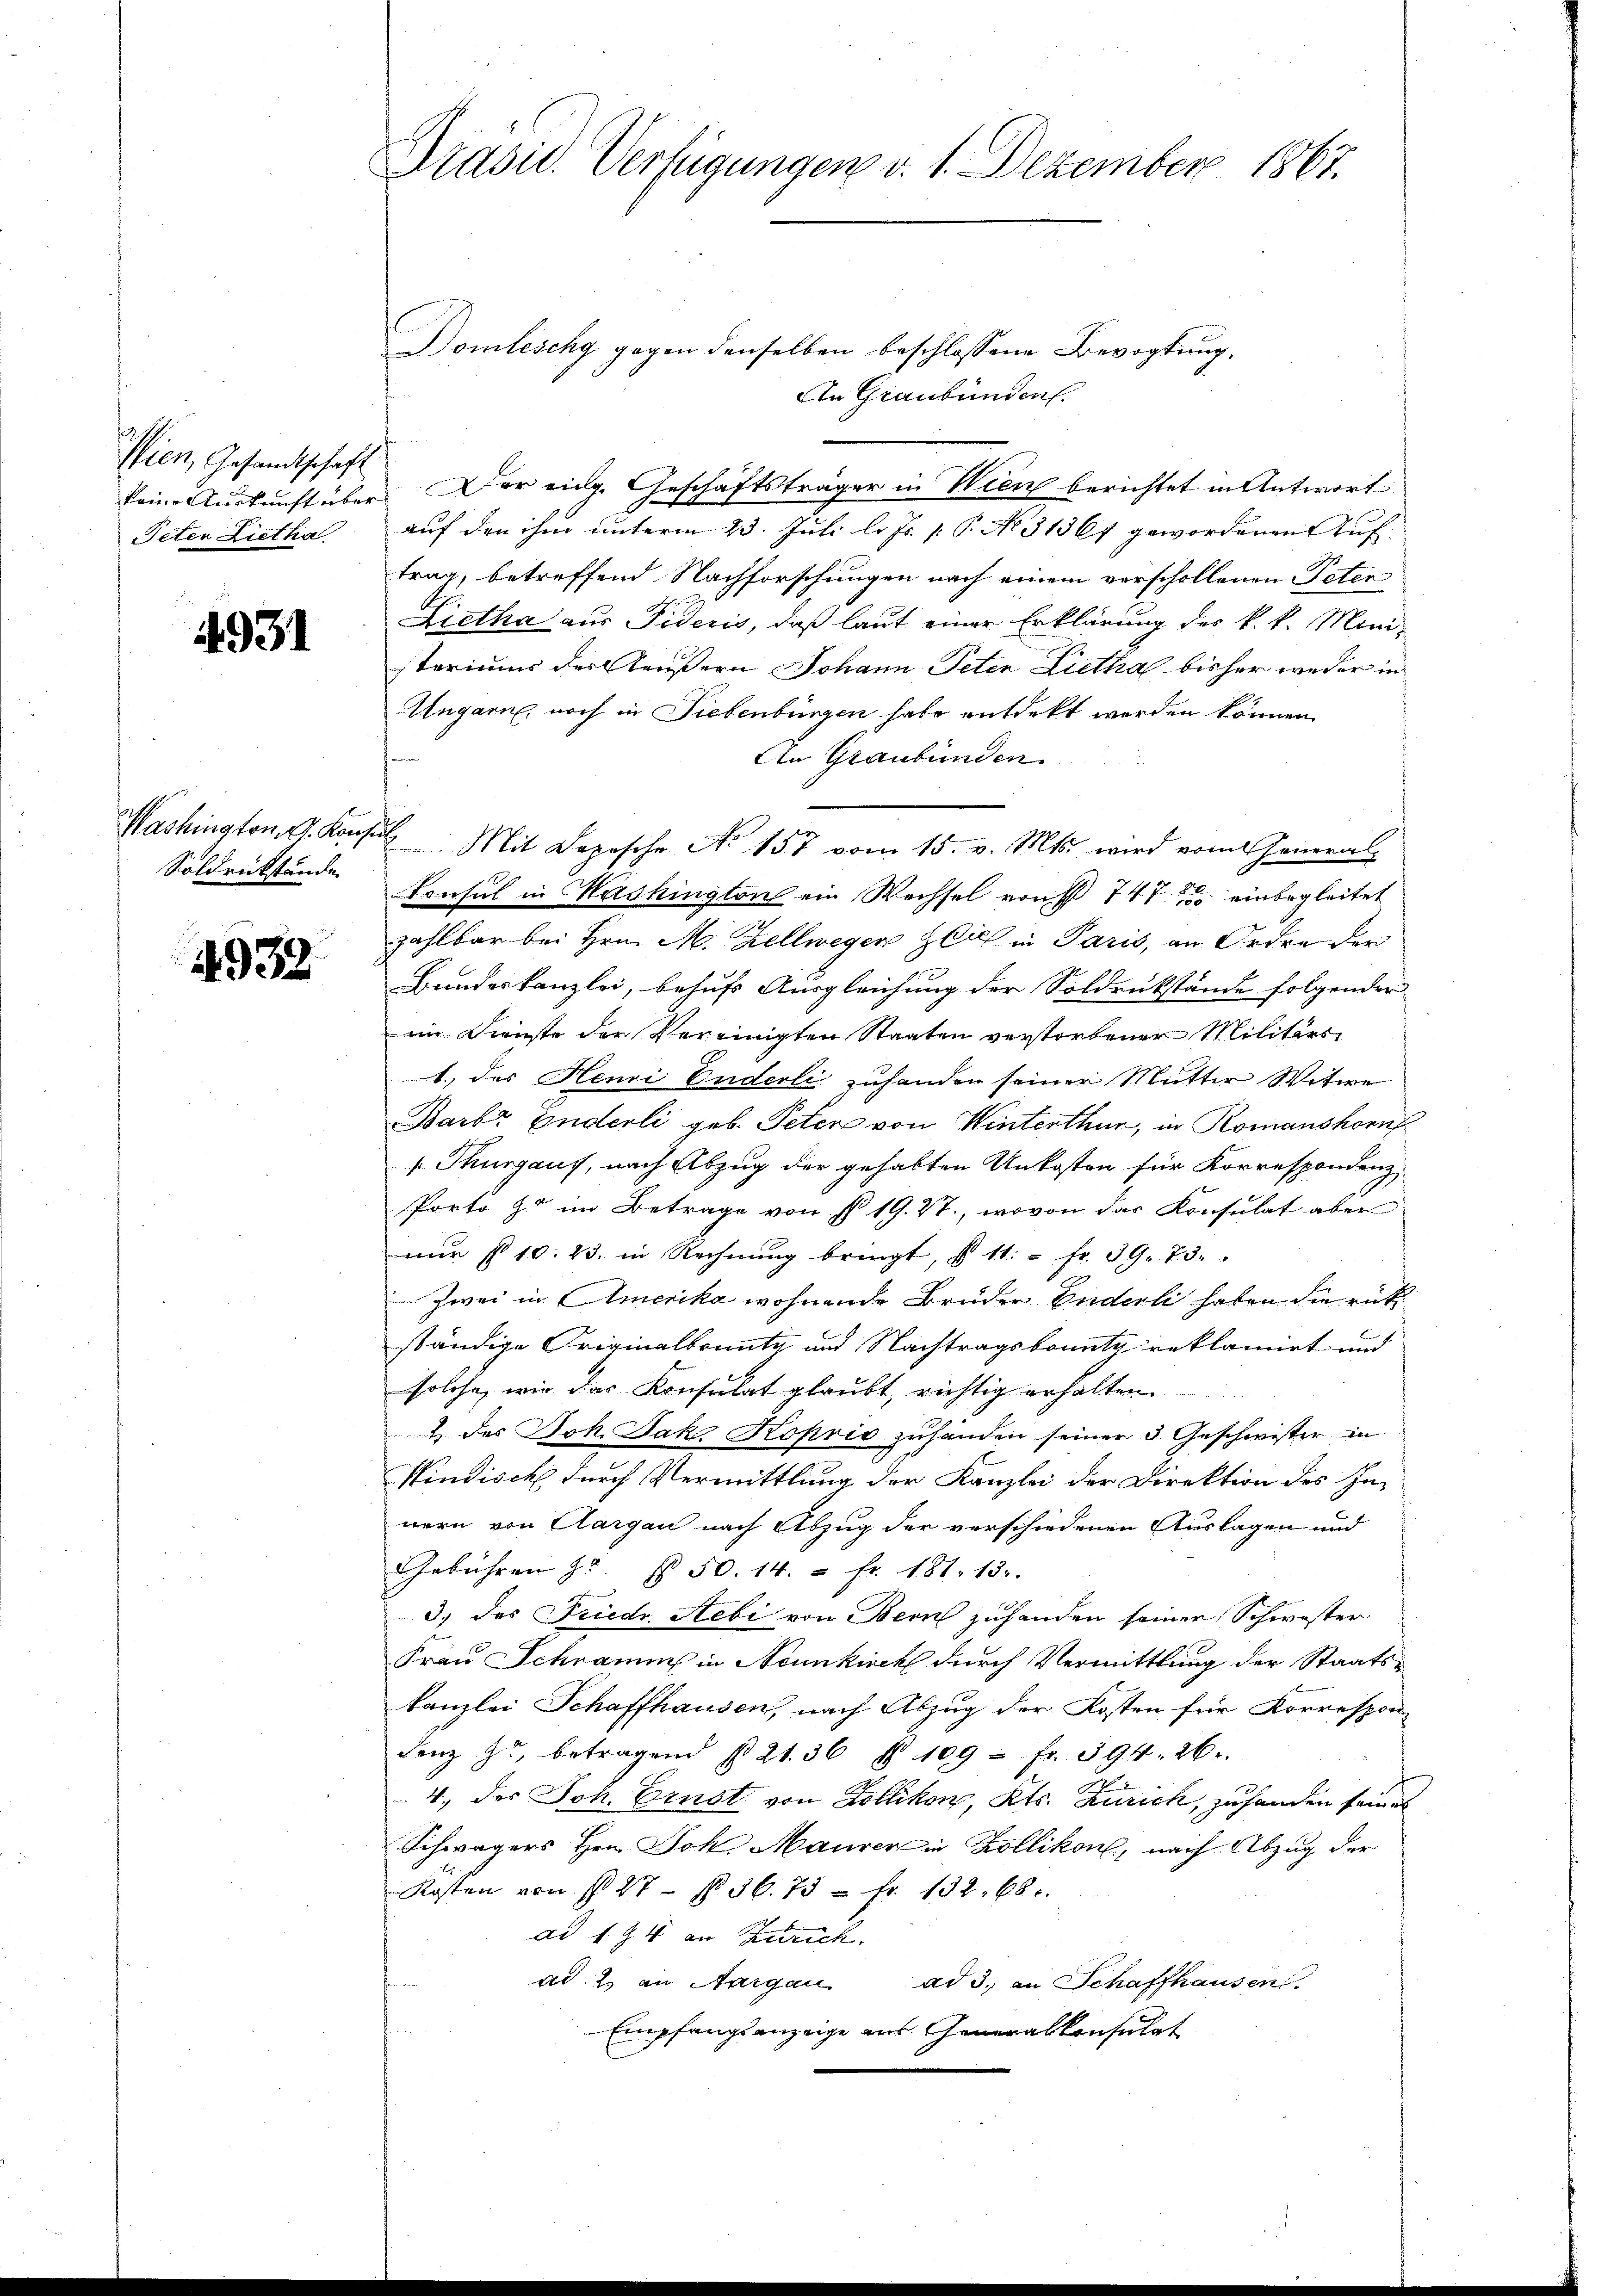
Wien, Gesandtschaft
keine Auskunft über
Peten Lietha

4931

Washington E. Kons.
Soldrückstände.

4932

Präsid. Verfügungen v. 1. Dezember 1867.

Domleschy gegen denselben beschlossene Bevogtung.
An Graubünden.
Der eidg. Geschäftsträger in Wien berichtet in Antwort
auf den ihm unterm 23. Juli l. Js. 1. P. No. 31861 gewordenen Auf
trag, betreffend Nachforschungen nach einem vorschollenen Peter
Lietha aus Fideris, daß laut einer Erklärung des k. k. Mini-
steriums der Aeußern Johann Peter Lietha bisher weder in
Ungarn, noch in Liebenbürgen habe entdeckt werden können.
An Graubünden.
2 Mit Depesche No 157 vom 15. v. Mts. wird vom General
87
Konsul in Washington ein Wechsel von 747 einbegleitet
zahlbar bei Hrn. M. Zellwegen sich in Paris, an Ordre der
Bundeskanzlei, behufs Ausgleichung der Soldrückstände folgender
im Dienste der Vereinigten Staaten verstorbener Militärs
1., das Henri Enderli zuhanden seiner Mutter Witwe
Barb. Enderli geb. Petere von Winterthur, in Romanshornf
s. Thurgaus, nach Abzug der gehabten Unkosten für Korrespondenz
Porto o im Betrage von § 19. 27, wovon der Konsulat aber
nur 10. 23. in Rechnung bringt, § 11. " fr. 39. 73.
Zwei in Amerika wohnende Brüder Enderli haben die rückständige Originalbounty und Nachtragsbountz reklamirt und
solche, wie das Konsulat glaubt, richtig erhalten.
2 des Joh. Jako Koprio zuhanden seiner 3 Geschwister in
Windisch durch Vermittlung der Kanzlei der Direktion des Innern von Aargau nach Abzug der verschiedenen Auslagen und
Gebühren J. N. 50. 14. " fr. 181. 132.
3) des Friedr. Hebi von Bern zuhanden seiner Schwester
Frau Schramm in Neunkirch durch Vermittlung der Staatskanzlei Schaffhausen, nach Abzug der Kosten für Korrespon-
denz zu betragend § 21. 36 § 109 - fr. 394. 26.
4. des Joh. Ernst von Zollikon, Kts. Zürich, zuhanden seines
Schwägers Hrn. Joh. Maurer in Zollikon, nach Abzug der
Kosten von § 27 § 36. 75 - fr. 132. 68.
ad 1. Z. 4 an Zürich.
ad 2. in Aargau ad 3., an Schaffhausen.
Empfangsanzeige aus Generalkonsulat